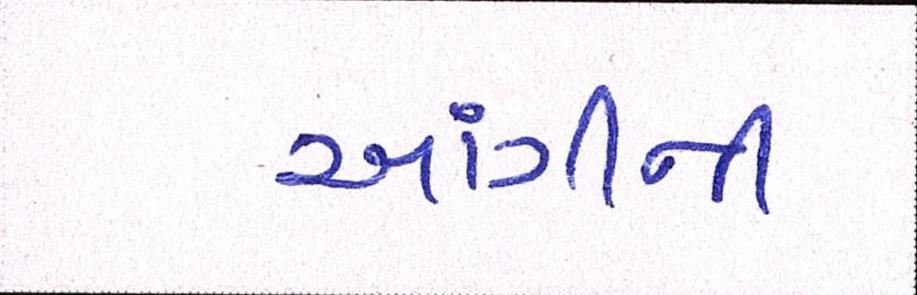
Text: આંગીના